Lunatic asylums Madras 1892-1911 - 1892-1911
Year: 1892
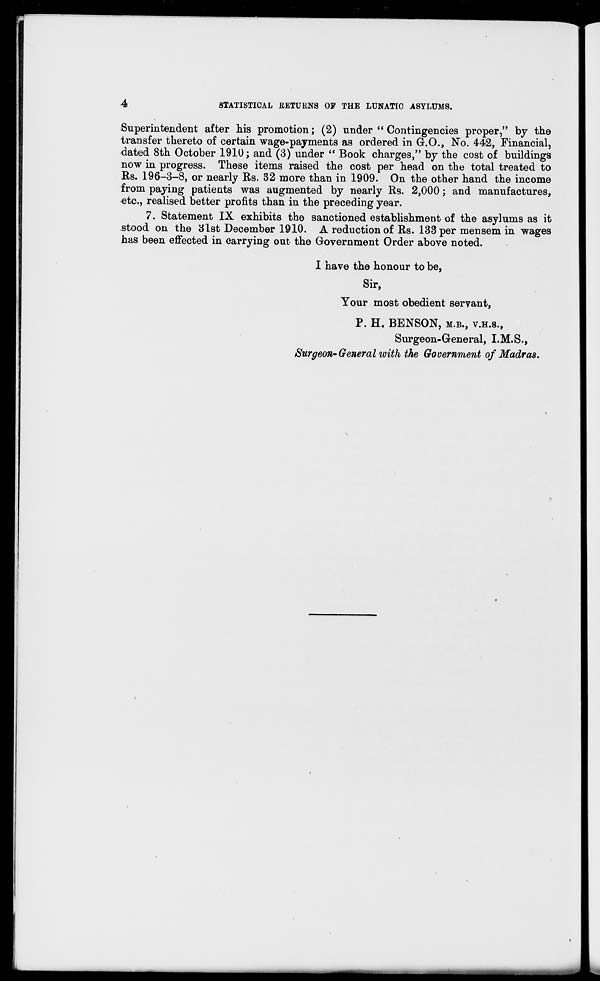
4
STATISTICAL RETURNS OF THE LUNATIC ASYLUMS.
Superintendent after his promotion; (2) under " Contingencies proper," by the
transfer thereto of certain wage-payments as ordered in G.O., No. 442, Financial,
dated 8th October 1910; and (3) under " Book charges," by the cost of buildings
now in progress. These items raised the cost per head on the total treated to
Rs. 196-3-8, or nearly Rs. 32 more than in 1909. On the other hand the income
from paying patients was augmented by nearly Rs. 2,000; and manufactures,
etc., realised better profits than in the preceding year.
7. Statement IX exhibits the sanctioned establishment of the asylums as it
stood on the 3lst December 1910. A reduction of Rs. 133 per mensem in wages
has been effected in carrying out the Government Order above noted.
I have the honour to be,
Sir,
Your most obedient servant,
P. H. BENSON, M.B., V.H.S.,
Surgeon-General, I.M.S.,
Surgeon-General with the Government of Madras.